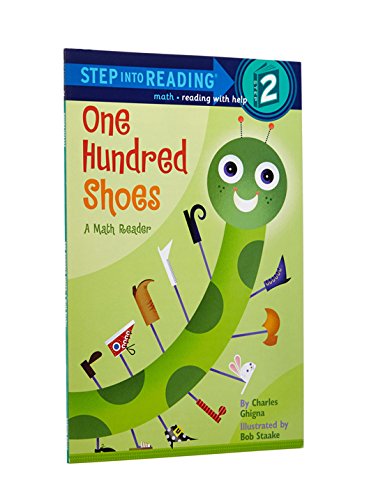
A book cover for One Hundred Shoes: A Math Reader (Step-Into-Reading, Step 2); Charles Ghigna; Children's Books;